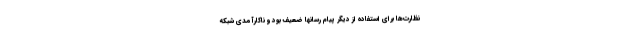
نظارت‌ها برای استفاده از دیگر پیام رسانها ضعیف بود و ناکارآمدی شبکه